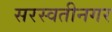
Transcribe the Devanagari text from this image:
सरस्वतीनगर